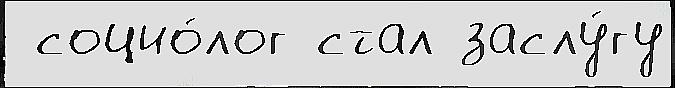
 социо́лог стал заслу́гу